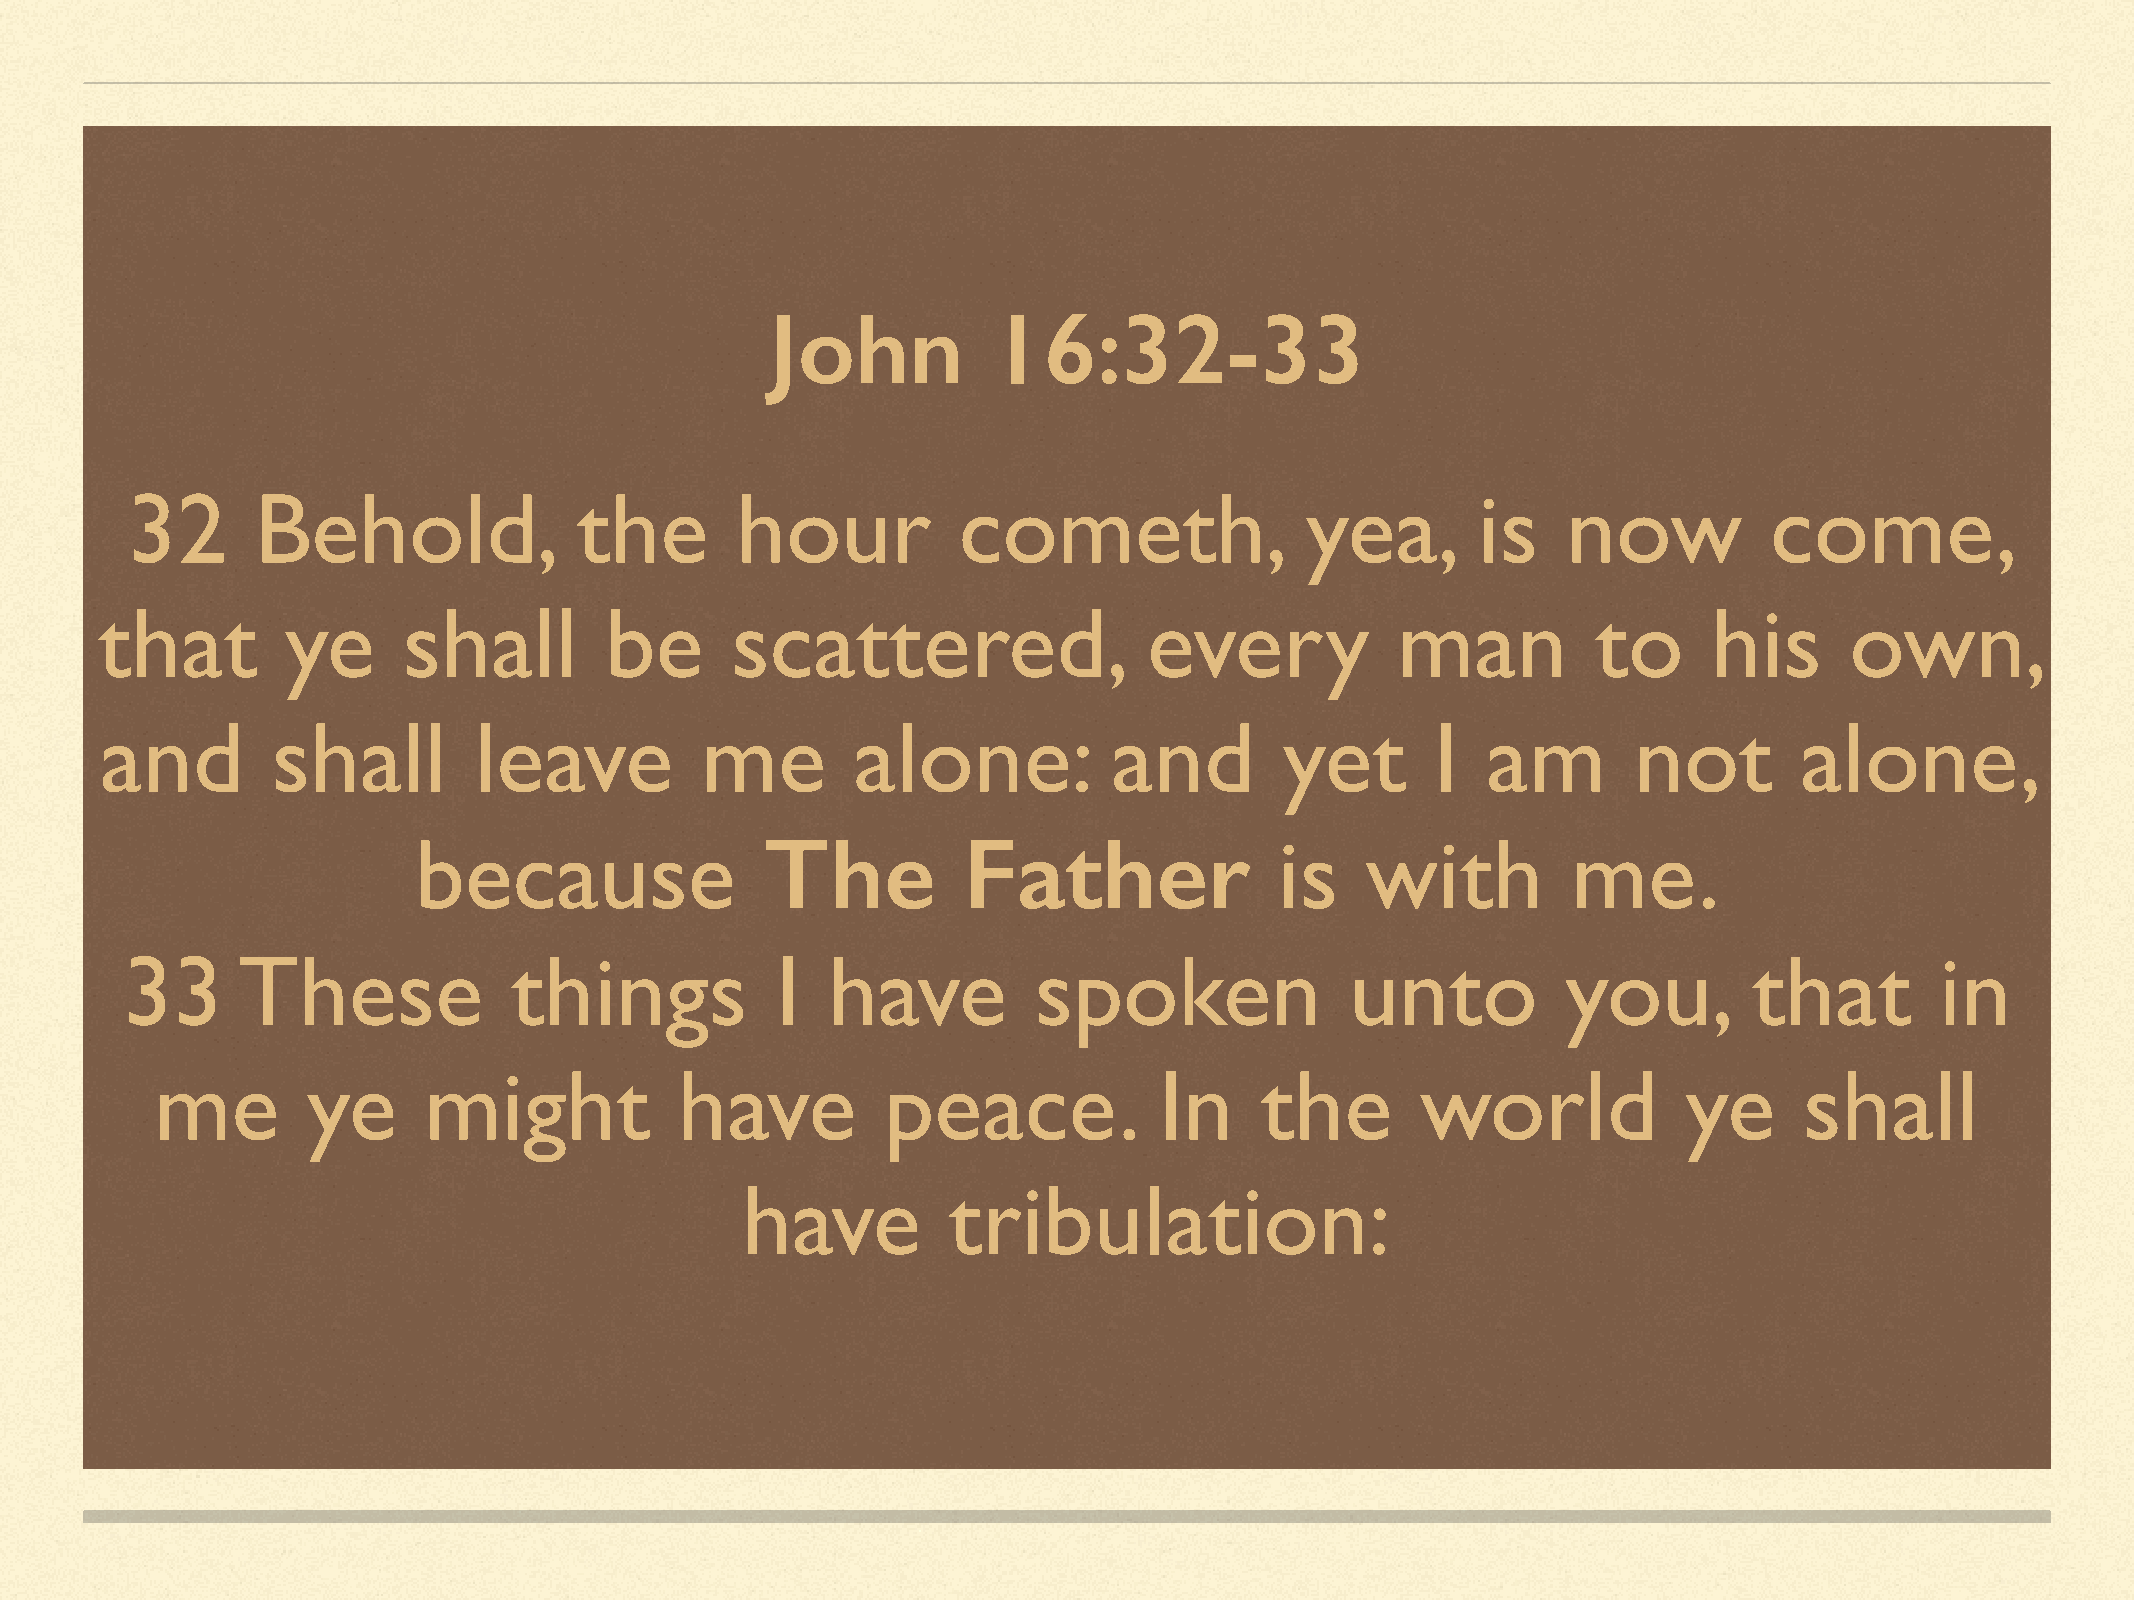
John           16:32-33
 32       Behold,              the        hour          cometh,                yea,        is    now          come,
 that         ye      shall        be      scattered,                  every           man           to     his      own,
 and        shall        leave          me         alone:           and        yet       I  am        not        alone,
 because                 The          Father               is   with          me.
 33      These             things           I   have         spoken               unto           you,        that        in
 me        ye      might            have          peace.            In    the        world             ye     shall
 have          tribulation: